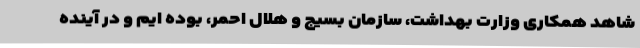
شاهد همکاری وزارت بهداشت، سازمان بسیج و هلال احمر، بوده ایم و در آینده